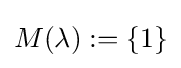
M(\lambda ):=\lbrace 1\rbrace